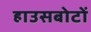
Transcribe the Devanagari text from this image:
हाउसबोटों